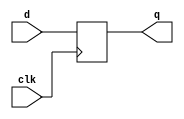
module reg_1bit (clk, d, q);
input clk, d;
output q;

reg q;

always @(posedge clk)
q <= d;

endmodule